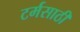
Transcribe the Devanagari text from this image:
टर्मसाठी